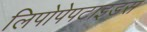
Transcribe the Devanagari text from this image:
लिपोपेपटाइडस